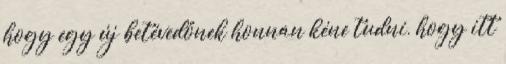
hogy egy új betévedőnek honnan kéne tudni, hogy itt